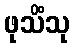
ဖုသိံသု